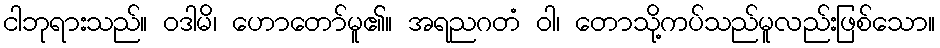
ငါဘုရားသည်။ ဝဒါမိ၊ ဟောတော်မူ၏။ အရညဂတံ ဝါ၊ တောသို့ကပ်သည်မူလည်းဖြစ်သော။